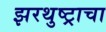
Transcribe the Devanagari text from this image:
झरथुष्ट्राचा